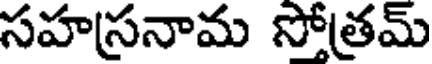
సహస్రనామ సోత్రమ్